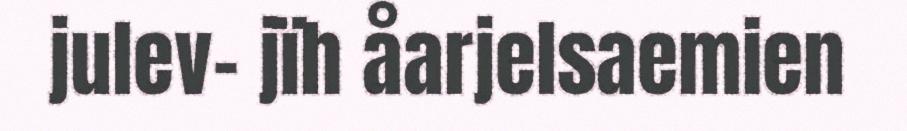
julev- jïh åarjelsaemien